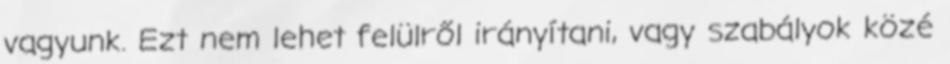
vagyunk. Ezt nem lehet felülről irányítani, vagy szabályok közé